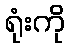
ရုံးကို